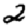
Digit: 2